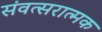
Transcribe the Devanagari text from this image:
संवत्सरात्मक